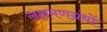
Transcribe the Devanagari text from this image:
लक्षमणग्रंथों